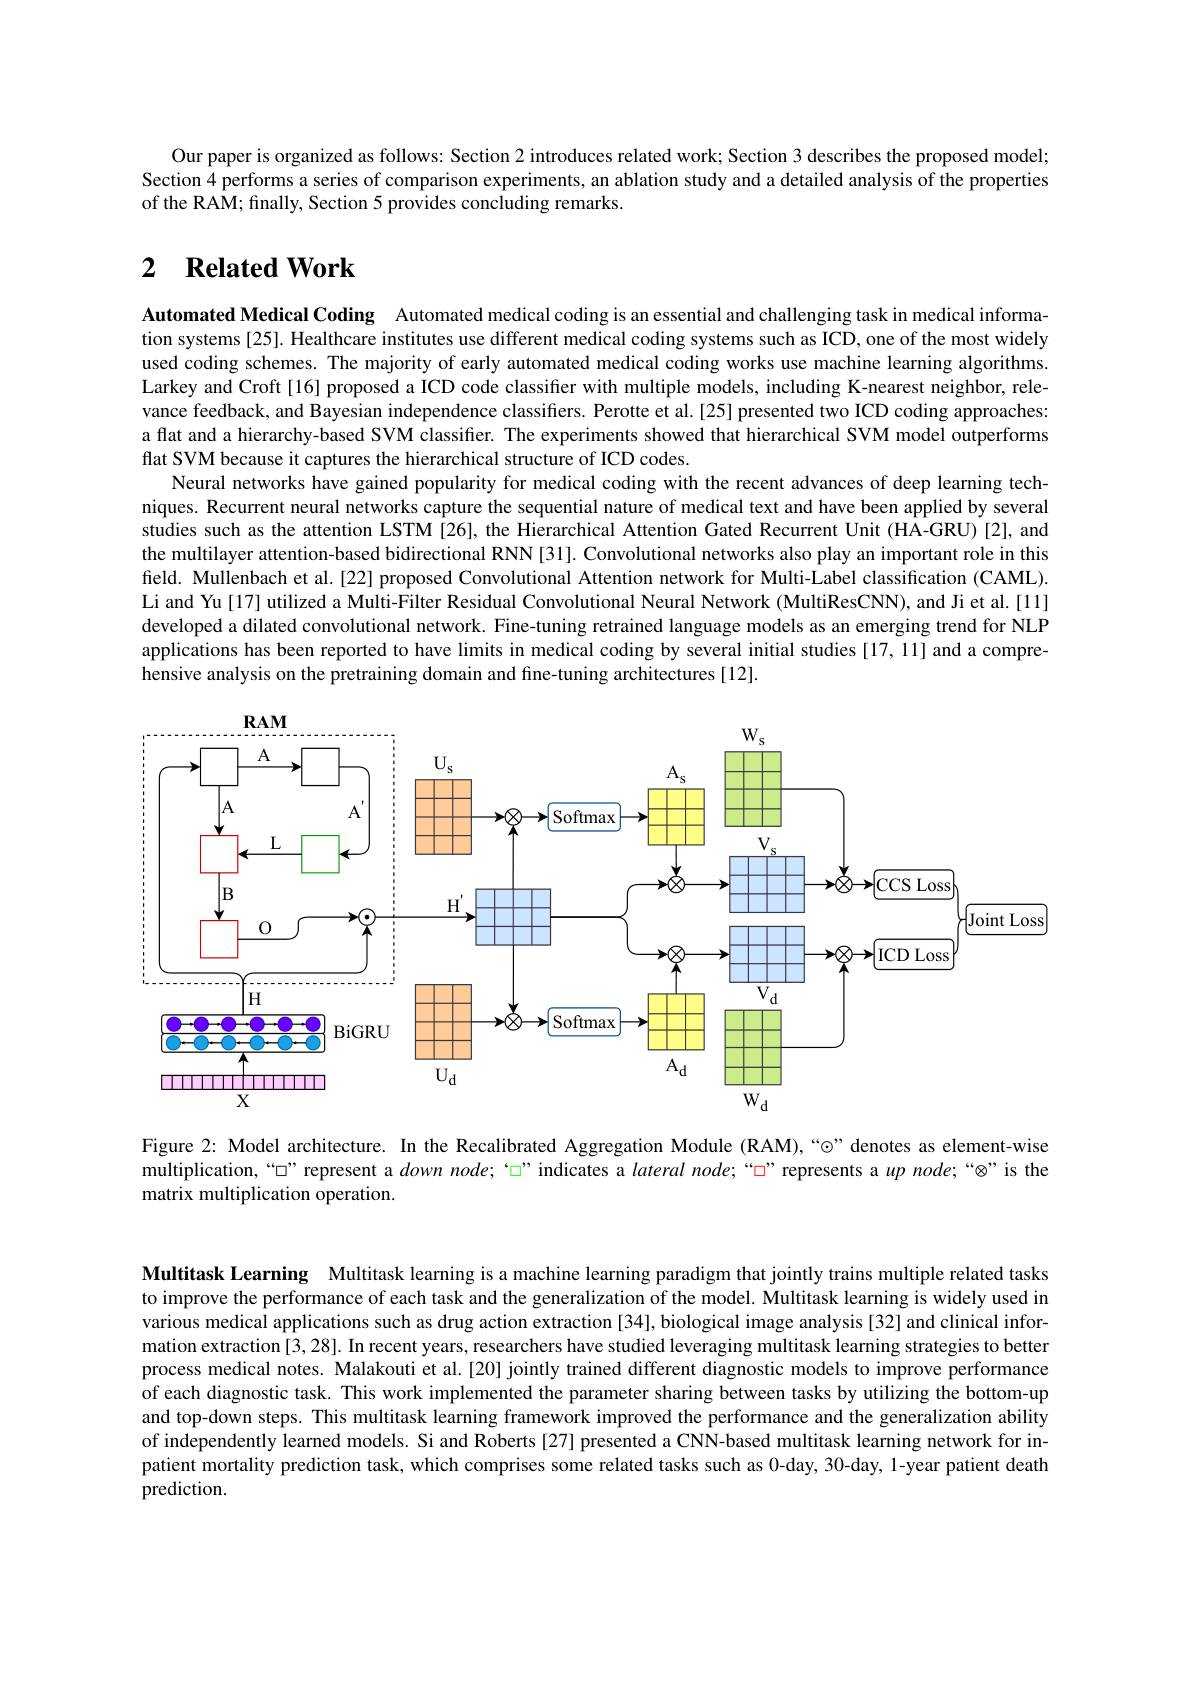
Our paper is organized as follows: Section 2 introduces related work; Section 3 describes the proposed model; Section 4 performs a series of comparison experiments, an ablation study and a detailed analysis of the properties of the RAM; finally, Section 5 provides concluding remarks.

## 2 $\textbf{Related Work}$

Automated Medical Coding Automated medical coding is an essential and challenging task in medical information systems[25]. Healthcare institutes use different medical coding systems such as ICD, one of the most widely used coding schemes. The majority of early automated medical coding works use machine learning algorithms. Larkey and Croft[16] proposed a ICD code classifier with multiple models, including K-nearest neighbor, relevance feedback, and Bayesian independence classifiers. Perotte et al.[25] presented two ICD coding approaches: a flat and a hierarchy-based SVM classifier. The experiments showed that hierarchical SVM model outperforms flat SVM because it captures the hierarchical structure of ICD codes.
Neural networks have gained popularity for medical coding with the recent advances of deep learning techniques. Recurrent neural networks capture the sequential nature of medical text and have been applied by several studies such as the attention LSTM [26], the Hierarchical Attention Gated Recurrent Unit (HA-GRU)[2], and the multilayer attention-based bidirectional RNN [31]. Convolutional networks also play an important role in this field. Mullenbach et al.[22] proposed Convolutional Attention network for Multi-Label classification (CAML). Li and Yu [17] utilized a Multi-Filter Residual Convolutional Neural Network (MultiResCNN), and Ji et al. [11] developed a dilated convolutional network. Fine-tuning retrained language models as an emerging trend for NLP applications has been reported to have limits in medical coding by several initial studies [17,11] and a comprehensive analysis on the pretraining domain and fine-tuning architectures [12].

<FigureHere>

Figure 2: Model architecture. In the Recalibrated Aggregation Module (RAM),“©”denotes as element-wise matrix multiplication operation.

Multitask Learning Multitask learning is a machine learning paradigm that jointly trains multiple related tasks to improve the performance of each task and the generalization of the model. Multitask learning is widely used in various medical applications such as drug action extraction [34], biological image analysis[32] and clinical information extraction [3,28]. In recent years, researchers have studied leveraging multitask learning strategies to better process medical notes. Malakouti et al.[20] jointly trained different diagnostic models to improve performance of each diagnostic task. This work implemented the parameter sharing between tasks by utilizing the bottom-up and top-down steps. This multitask learning framework improved the performance and the generalization ability of independently learned models. Si and Roberts[27] presented a CNN-based multitask learning network for inpatient mortality prediction task, which comprises some related tasks such as 0-day, 30-day, 1-year patient death prediction.